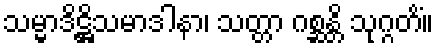
သမ္မာဒိဋ္ဌိသမာဒါနာ၊ သတ္တာ ဂစ္ဆန္တိ သုဂ္ဂတိံ။